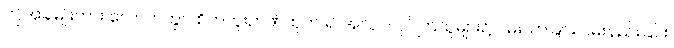
ဤအခါမျိုးကား လောကတွင် စိတ်ကူးဉာဏ်ထုတ် ၍ အလုပ်လုပ်ကြသူများ၌ ဝမ်းသာခြင်း ဝမ်းနည်းခြင်း၊